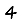
Digit: 4